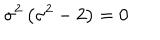
\sigma ^ { 2 } \left( \sigma ^ { 2 } - 2 \right) = 0